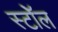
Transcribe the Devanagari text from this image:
स्टॉेल